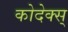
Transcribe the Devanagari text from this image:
कोदेक्स्